Annual report of the Bengal Veterinary College and of the Civil Veterinary Department, Bengal, for the year 1917-18 - 1917-1918
Year: 1917
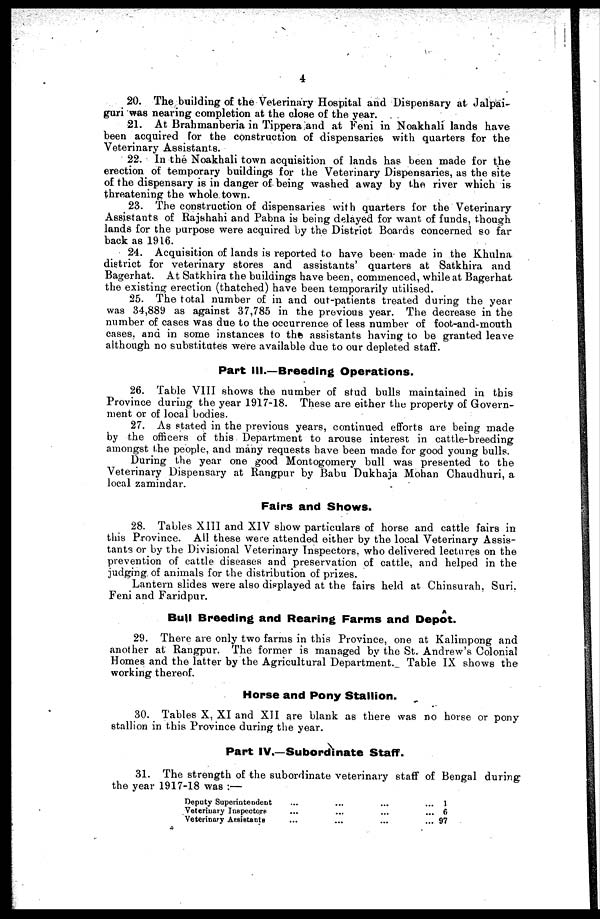
4
20. The building of the Veterinary Hospital and Dispensary at Jalpai-
guri was nearing completion at the close of the year.
21. At Brahmanberia in Tippera and at Feni in Noakhali lands have
been acquired for the construction of dispensaries with quarters for the
Veterinary Assistants.
22. In the Noakhali town acquisition of lands has been made for the
erection of temporary buildings for the Veterinary Dispensaries, as the site
of the dispensary is in danger of being washed away by the river which is
threatening the whole town.
23. The construction of dispensaries with quarters for the Veterinary
Assistants of Rajshahi and Pabna is being delayed for want of funds, though
lands for the purpose were acquired by the District Boards concerned so far
back as 1916.
24. Acquisition of lands is reported to have been made in the Khulna
district for veterinary stores and assistants' quarters at Satkhira and
Bagerhat. At Satkhira the buildings have been, commenced, while at Bagerhat
the existing erection (thatched) have been temporarily utilised.
25. The total number of in and out-patients treated during the year
was 34,889 as against 37,785 in the previous year. The decrease in the
number of cases was due to the occurrence of less number of foot-and-mouth
cases, and in some instances to the assistants having to be granted leave
although no substitutes were available due to our depleted staff.
Part III.—Breeding Operations.
26. Table VIII shows the number of stud bulls maintained in this
Province during the year 1917-18. These are either the property of Govern-
ment or of local bodies.
27. As stated in the previous years, continued efforts are being made
by the officers of this Department to arouse interest in cattle-breeding
amongst the people, and many requests have been made for good young bulls.
During the year one good Montogomery bull was presented to the
Veterinary Dispensary at Rangpur by Babu Dukhaja Mohan Chaudhuri, a
local zamindar.
Fairs and Shows.
28. Tables XIII and XIV show particulars of horse and cattle fairs in
this Province. All these were attended either by the local Veterinary Assis-
tants or by the Divisional Veterinary Inspectors, who delivered lectures on the
prevention of cattle diseases and preservation of cattle, and helped in the
judging of animals for the distribution of prizes.
Lantern slides were also displayed at the fairs held at Chinsurah, Suri.
Feni and Faridpur.
A
Bull Breeding and Rearing Farms and Depot.
29. There are only two farms in this Province, one at Kalimpong and
another at Rangpur. The former is managed by the St. Andrew's Colonial
Homes and the latter by the Agricultural Department. Table IX shows the
working thereof.
Horse and Pony Stallion.
30. Tables X, XI and XII are blank as there was no horse or pony
stallion in this Province during the year.
Part IV.—Subordinate Staff.
31. The strength of the subordinate veterinary staff of Bengal during
the year 1917-18 was :—
Deputy Superintendent
Veterinary Inspectors
Veterinary Assistants
...
...
...
...
...
...
...
...
...
...
...
...
1
6
97